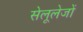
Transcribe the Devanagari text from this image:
सेलूलेजों